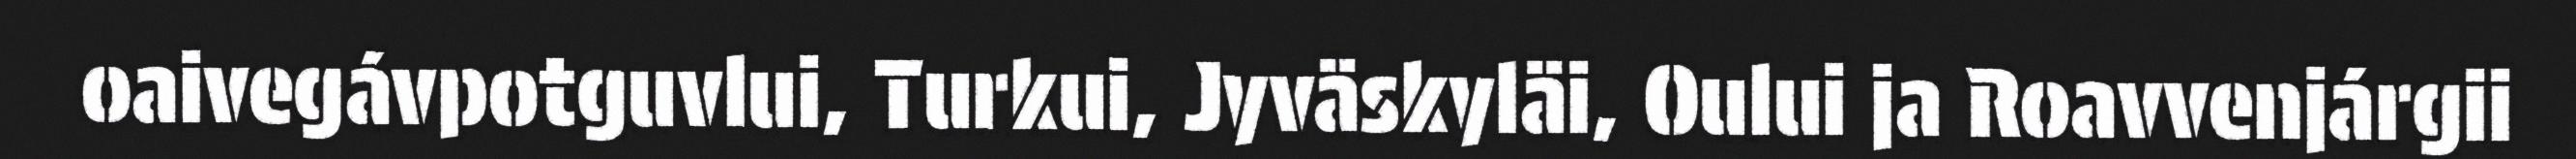
oaivegávpotguvlui, Turkui, Jyväskyläi, Oului ja Roavvenjárgii